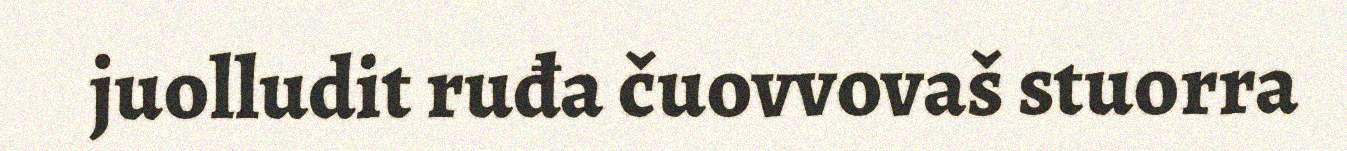
juolludit ruđa čuovvovaš stuorra